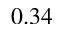
0 . 3 4